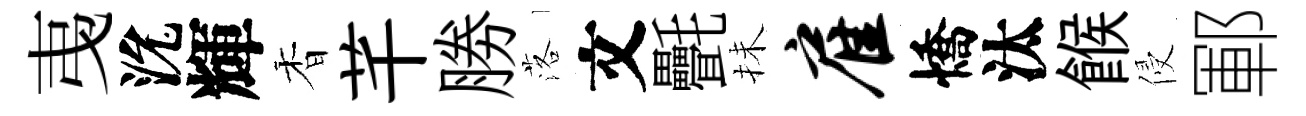
𢎯沇輝香芊勝落文㲲抺雇憍汰餱侵鄆